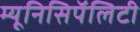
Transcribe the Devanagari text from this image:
म्यूनिसिपॅलिटी